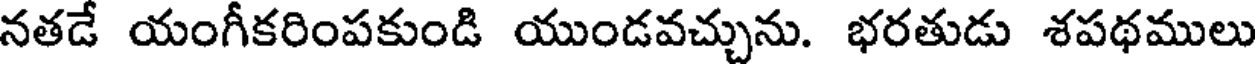
నతడే యంగీకరింపకుండి యుండవచ్చును. భరతుడు శపథములు